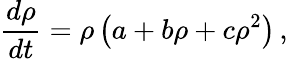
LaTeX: \frac{d\rho}{dt}=\rho\left(a+b\rho+c\rho^{2}\right)\, ,